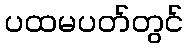
ပထမပတ်တွင်